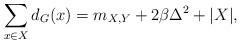
LaTeX: \begin{align*}\sum_{x\in X}d_G(x)=m_{X,Y}+2\beta\Delta^2+|X|,\end{align*}